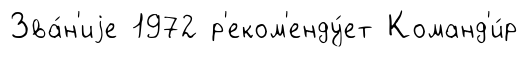
Зва́н'иjе 1972 р'еком'енду́ет Команд'и́р